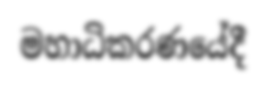
මහාධිකරණයේදී